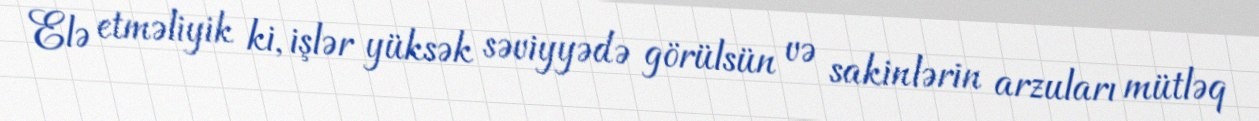
Elə etməliyik ki, işlər yüksək səviyyədə görülsün və sakinlərin arzuları mütləq